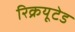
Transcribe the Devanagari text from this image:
रिक्रयूटेड